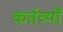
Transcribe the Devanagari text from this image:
कर्तव्‍यों